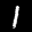
Label: 1